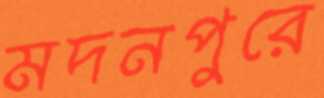
মদনপুরে